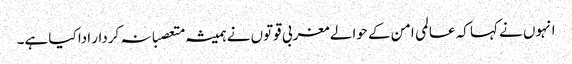
انہوں نے کہا کہ عالمی امن کے حوالے مغربی قوتوں نے ہمیشہ متعصبانہ کردار ادا کیا ہے۔